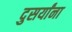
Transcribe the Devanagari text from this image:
दुसर्यांना